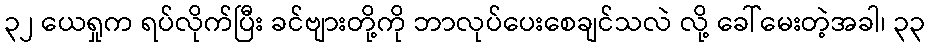
၃၂ ယေရှုက ရပ်လိုက်ပြီး ခင်ဗျားတို့ကို ဘာလုပ်ပေးစေချင်သလဲ လို့ ခေါ်မေးတဲ့အခါ၊ ၃၃